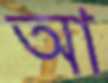
আ